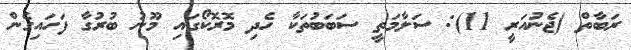
ރަބާތް (ޖެނުއަރީ 11): ސަލާމަތީ ސަބަބުތަކާ ހެދި މޮރޮކޯގައި މޫނު ބުރުގާ ފަހައިގެން